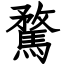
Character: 騖